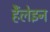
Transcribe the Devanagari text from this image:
हैंलेइन